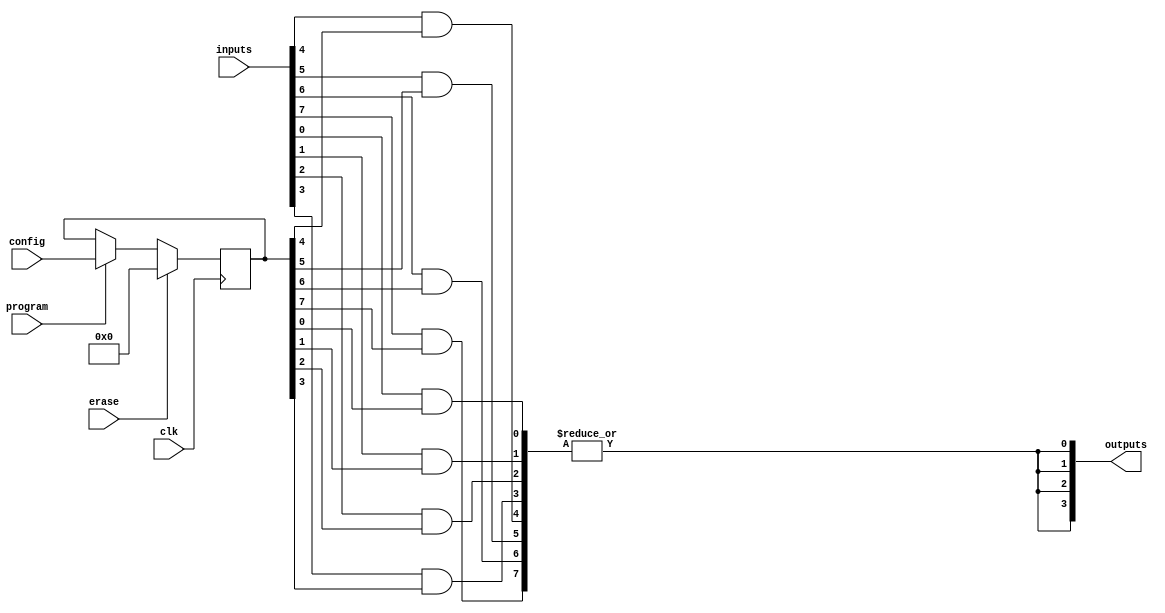
module EPLD (
    input wire [N-1:0] inputs,          // N input signals
    output wire [M-1:0] outputs,        // M output signals
    input wire clk,                      // Clock signal for control logic
    input wire program,                  // Programming signal
    input wire erase,                    // Erase signal
    input wire [CONFIG_WIDTH-1:0] config // Configuration data
);

// Parameters
parameter N = 8;                       // Number of inputs
parameter M = 4;                       // Number of outputs
parameter CONFIG_WIDTH = 64;           // Width of configuration data

// Internal signals
wire [N-1:0] and_terms;                // AND gate outputs
wire [M-1:0] or_terms;                 // OR gate outputs
reg [CONFIG_WIDTH-1:0] configuration;  // Configuration storage

// Input/Output Blocks (IOBs)
assign outputs = or_terms;

// Programmable Logic Array (PLA)
generate
    genvar i, j;
    for (i = 0; i < M; i = i + 1) begin : or_gate
        assign or_terms[i] = |(and_terms); // OR gate combining AND terms
    end
    for (j = 0; j < N; j = j + 1) begin : and_gate
        assign and_terms[j] = inputs[j] & configuration[j]; // AND gate
    end
endgenerate

// Control Logic for Programming and Erasing
always @(posedge clk) begin
    if (erase) begin
        configuration <= 0; // Erase configuration
    end else if (program) begin
        configuration <= config; // Load new configuration
    end
end

endmodule